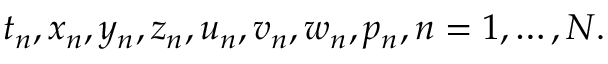
t _ { n } , x _ { n } , y _ { n } , z _ { n } , u _ { n } , v _ { n } , w _ { n } , p _ { n } , n = 1 , \ldots , N .